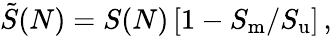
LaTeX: \tilde{S}(N)=S(N)\left[1-S_{\mathrm{m}}/S_{\mathrm{u}}\right]\, ,